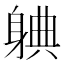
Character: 𬧦